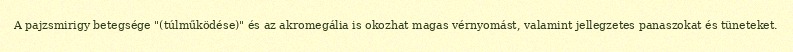
A pajzsmirigy betegsége "(túlműködése)" és az akromegália is okozhat magas vérnyomást, valamint jellegzetes panaszokat és tüneteket.